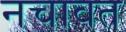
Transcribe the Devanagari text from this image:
नचावत